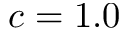
c = 1 . 0